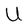
Character: U